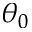
\theta _ { 0 }